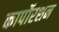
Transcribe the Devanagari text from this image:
कार्पोरशन